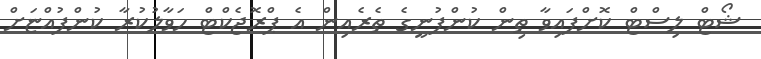
ޝޯޓް ލިސްޓް ކޮށްފައިވާ ތިން ކުންފުނީގެ ތެރެއިން އެ ޕްރޮޖެކްޓް ހަވާލުކުރާ ކުންފުއްޏަށް